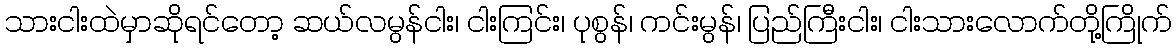
သားငါးထဲမှာဆိုရင်တော့ ဆယ်လမွန်ငါး၊ ငါးကြင်း၊ ပုစွန်၊ ကင်းမွန်၊ ပြည်ကြီးငါး၊ ငါးသားလောက်တို့ကြိုက်